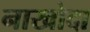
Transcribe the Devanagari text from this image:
नाखोदा